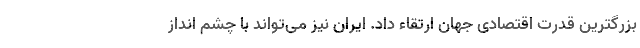
بزرگترین قدرت اقتصادی جهان ارتقاء داد. ایران نیز می‌تواند با چشم انداز